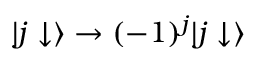
| j \downarrow \rangle \rightarrow ( - 1 ) ^ { j } | j \downarrow \rangle